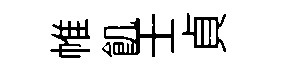
帷飢壬貞